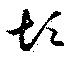
煩